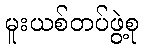
မူးယစ်တပ်ဖွဲ့စု